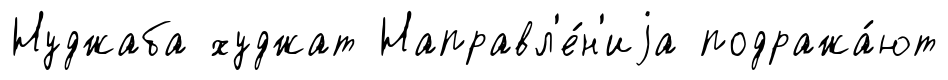
Нуджаба худжат Направл'е́н'иjа подража́ют